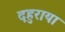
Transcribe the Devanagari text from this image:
दहुराया